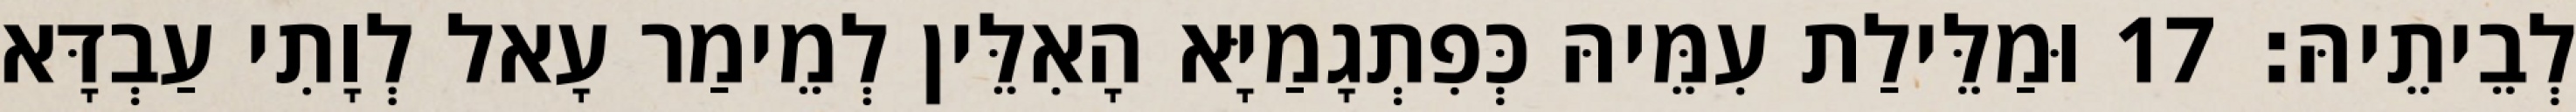
לְבֵיתֵיהּ׃ 17 וּמַלֵּילַת עִמֵּיהּ כְּפִתְגָמַיָּא הָאִלֵּין לְמֵימַר עָאל לְוָתִי עַבְדָּא